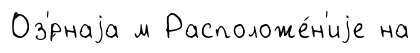
Оз'́рнаjа м Расположе́н'иjе на